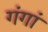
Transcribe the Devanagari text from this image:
गंगां